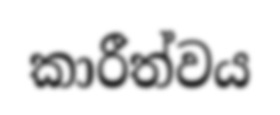
කාරීත්වය